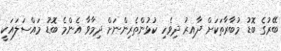
ބޭރުގެ ބޮޑު މުބާރާތަކަށް ދާއިރު ދިވެހި ކުޅުންތެރިންނަށް ދިމާވާ އެންމެ ބޮޑު މައްސަލައަކީ